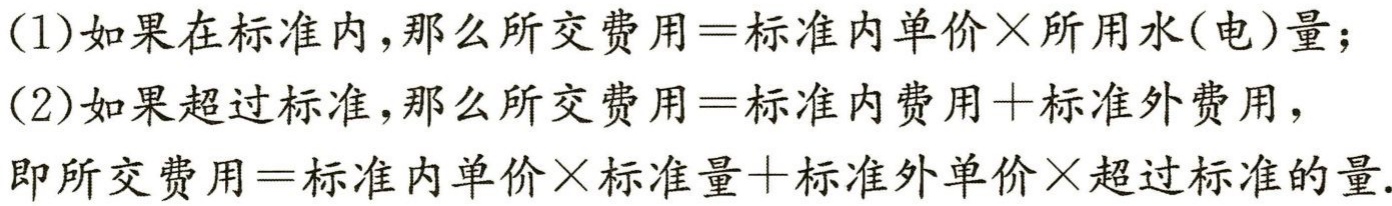
(1)如果在标准内，那么所交费用=标准内单价×所用水(电)量；

(2)如果超过标准，那么所交费用=标准内费用+标准外费用，

即所交费用=标准内单价×标准量+标准外单价×超过标准的量.